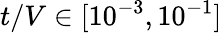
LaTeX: t/V\in[10^{-3},10^{-1}]